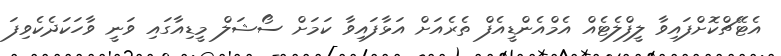
އެޓޭޗްކޮށްފައިވާ ލީފްލެޓެއް އެމްއެންޑީއެފް ތެރެއަށް އަޅާފައިވާ ކަމަށް ސޯޝަލް މީޑިއާގައި ވަނީ ވާހަކަދެކެވިފަ